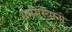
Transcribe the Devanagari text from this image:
धर्मसंस्थांनी